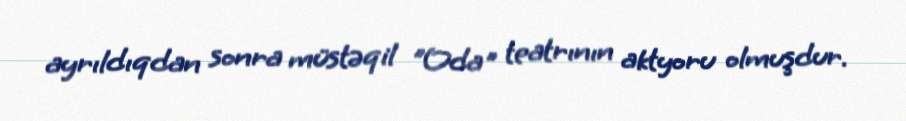
ayrıldıqdan sonra müstəqil "Oda" teatrının aktyoru olmuşdur.